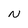
Character: N